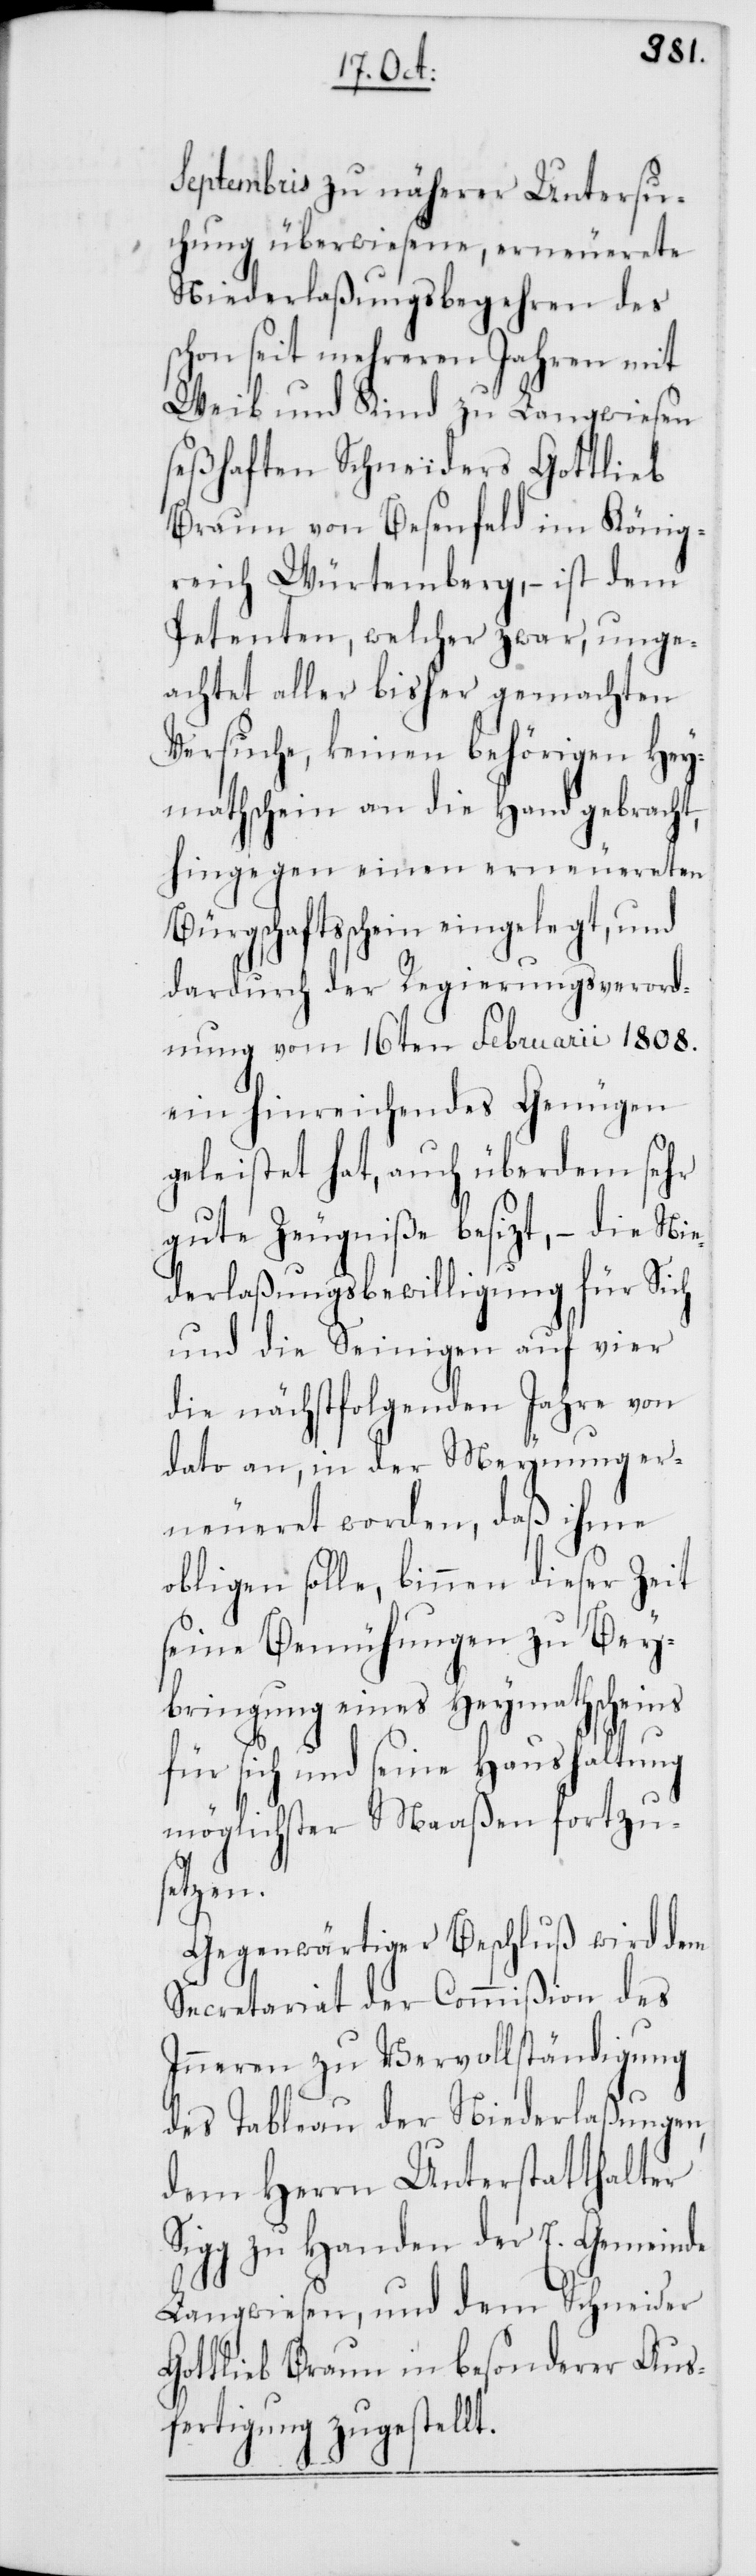
Septembris zu näherer Untersu¬
chung überwiesene, erneuerete
Niederlaßungsbegehren des
schon seit mehreren Jahren mit
Weib und Kind zu Langwiesen
seßhaften Schneiders Gottlieb
Braun von Besenfeld im König¬
reich Würtemberg, – ist dem
Petenten, welcher zwar, unge¬
achtet aller bisher gemachten
Versuche, keinen behörigen Hey¬
mathschein an die Hand gebracht,
hingegen einen erneuereten
Bürgschaftsschein eingelegt, und
dardurch der Regierungsverord¬
nung vom 16ten Februarii 1808.
ein hinreichendes Genügen
geleistet hat, auch überdem sehr
gute Zeugniße besizt, – die Nie¬
derlaßungsbewilligung für Sich
und die Seinigen auf vier
von
die nächstfolgenden Jah¬
dato an, in der Meynung er¬
neueret worden, daß
obligen solle, binnen dieser Zeit
seine Bemühungen zu Be¬
ybringung eines Heymathscheins
für sich und seine Haushaltung
möglichster Maaßen
setzen.
dem
Gegenwärtiger Beschluß
Secretariat der Commißion des
Inneren zu Vervollständigung
des Tableau der Niederlaßungen,
dem Herrn Unterstatthalter
Sigg zu Handen der E. Gemeinde
Langwiesen, und dem Schneider
Gottlieb Braun in besonderer Aus¬
fertigung zugestellt.